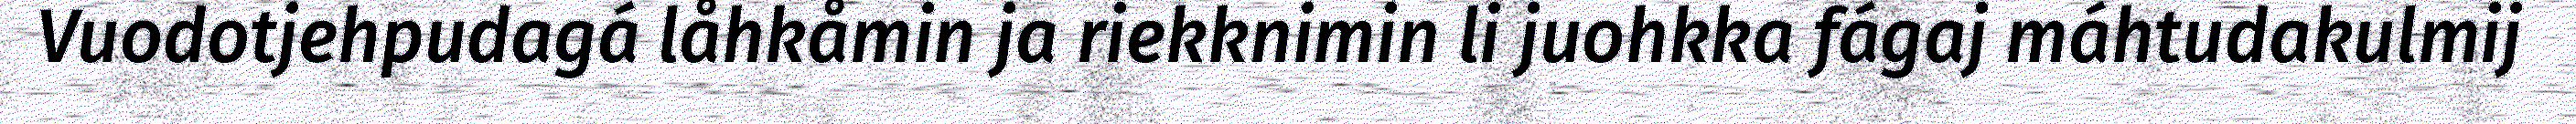
Vuodotjehpudagá låhkåmin ja riekknimin li juohkka fágaj máhtudakulmij